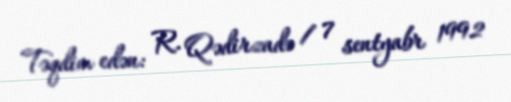
Təqdim edən: R. Qədirzadə / 7 sentyabr 1992